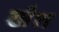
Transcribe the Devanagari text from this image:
खैश